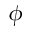
\phi